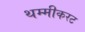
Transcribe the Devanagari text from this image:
थम्मीकरट